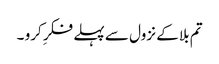
تم بلا کے نزول سے پہلے فکرِ کرو ۔